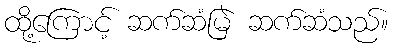
ထို့ကြောင့် ဆက်ဆံမြဲ ဆက်ဆံသည်။